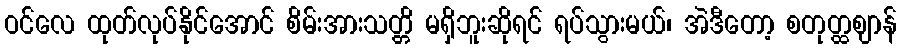
ဝင်လေ ထုတ်လုပ်နိုင်အောင် စိမ်းအားသတ္တိ မရှိဘူးဆိုရင် ရပ်သွားမယ်၊ အဲဒီတော့ စတုတ္ထဈာန်